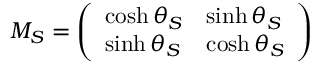
M _ { S } = \left( \begin{array} { l l } { { \cosh \theta _ { S } } } & { { \sinh \theta _ { S } } } \\ { { \sinh \theta _ { S } } } & { { \cosh \theta _ { S } } } \end{array} \right)